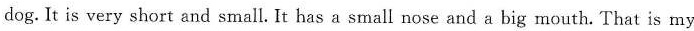
dog. It is very short and small. It has a small nose and a big mouth. That is my